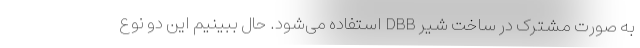
به صورت مشترک در ساخت شیر DBB استفاده می‌شود. حال ببینیم این دو نوع